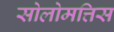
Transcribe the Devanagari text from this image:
सोलोमत्तिस